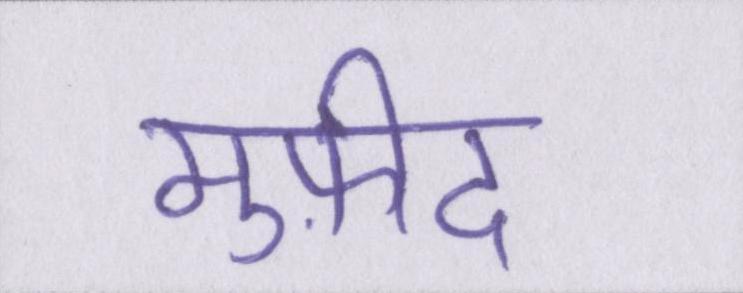
मुफ़ीद